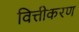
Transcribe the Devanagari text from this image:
वित्तीकरण